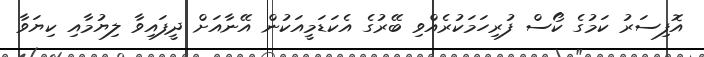
އޮފިސަރު ކަމުގެ ކޯސް ފުރިހަމަކުރެއްވި ބޭރުގެ އެކަޑަމީއަކުން އޭނާއަށް ދީފައިވާ ލިޔުމާއި ކިޔަވާ